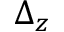
\Delta _ { z }